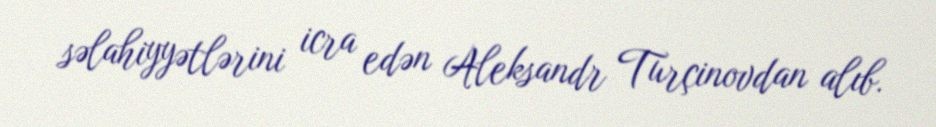
səlahiyyətlərini icra edən Aleksandr Turçinovdan alıb.